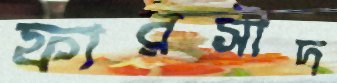
ফারসীদ